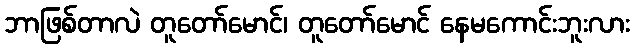
ဘာဖြစ်တာလဲ တူတော်မောင်၊ တူတော်မောင် နေမကောင်းဘူးလား